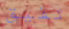
تفيق